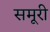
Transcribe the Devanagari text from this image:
समूरी